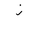
Letter: _zay